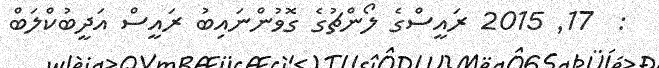
:  17